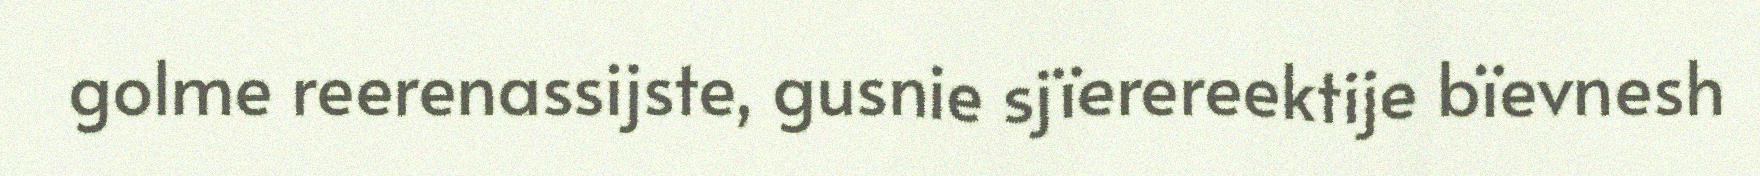
golme reerenassijste, gusnie sjïerereektije bïevnesh